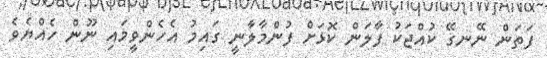
ފަތަން ނޭނގޭ ކުއްޖަކު ފާލަން ކޮޅަށް ފުންމާލާނީ ގައިމު އެހެންވީމައި ނޫން ހެއްޔެވެ